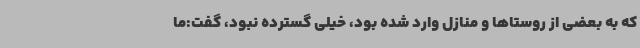
که به بعضی از روستاها و منازل وارد شده بود، خیلی گسترده نبود، گفت:ما